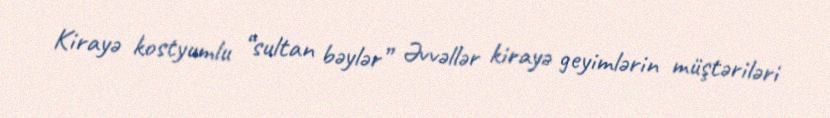
Kirayə kostyumlu “sultan bəylər” Əvvəllər kirayə geyimlərin müştəriləri